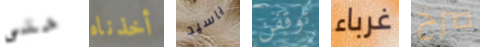
حتى أخذناه ياسيد توقفن غرباء صرخ